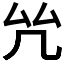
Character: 𠫞